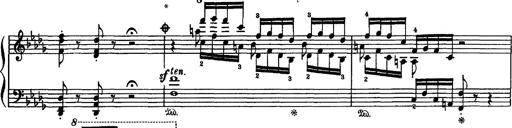
Title: Fantaisie sur des motifs favoris de l'opÃ©ra 'La sonnambula'
Composer: Franz Liszt